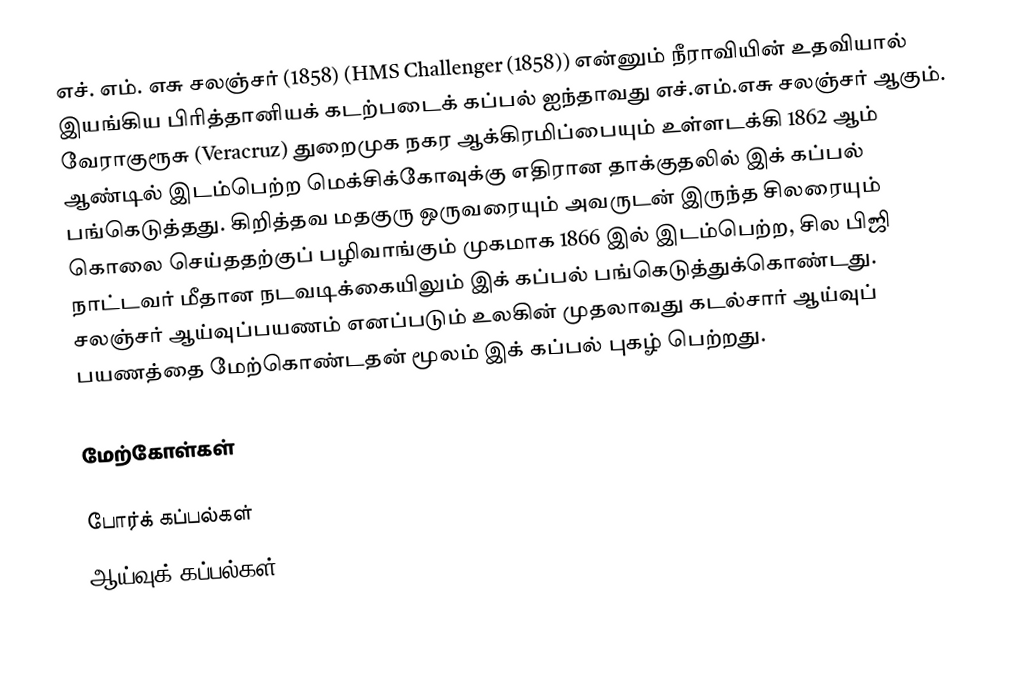
எச். எம். எசு சலஞ்சர் (1858) (HMS Challenger (1858)) என்னும் நீராவியின் உதவியால் இயங்கிய பிரித்தானியக் கடற்படைக் கப்பல் ஐந்தாவது எச்.எம்.எசு சலஞ்சர் ஆகும். வேராகுரூசு (Veracruz) துறைமுக நகர ஆக்கிரமிப்பையும் உள்ளடக்கி 1862 ஆம் ஆண்டில் இடம்பெற்ற மெக்சிக்கோவுக்கு எதிரான தாக்குதலில் இக் கப்பல் பங்கெடுத்தது. கிறித்தவ மதகுரு ஒருவரையும் அவருடன் இருந்த சிலரையும் கொலை செய்ததற்குப் பழிவாங்கும் முகமாக 1866 இல் இடம்பெற்ற, சில பிஜி நாட்டவர் மீதான நடவடிக்கையிலும் இக் கப்பல் பங்கெடுத்துக்கொண்டது. சலஞ்சர் ஆய்வுப்பயணம் எனப்படும் உலகின் முதலாவது கடல்சார் ஆய்வுப் பயணத்தை மேற்கொண்டதன் மூலம் இக் கப்பல் புகழ் பெற்றது.

மேற்கோள்கள்

போர்க் கப்பல்கள்
ஆய்வுக் கப்பல்கள்